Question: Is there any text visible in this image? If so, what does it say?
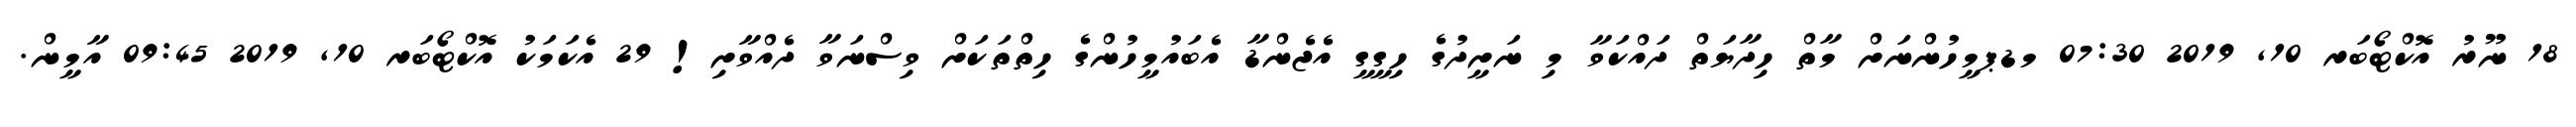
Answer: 18 ނޫރު އޮކްޓޯބަރ 10, 2019 07:30 މޑޕމީހުންނަށް މާތް ހިދާޔަތް ދައްކަވާ މި ނަށީދުގެ ހިގީގީ އެޖެންޑާ އެބައުމީހުންގެ ހިތްތަކަށް ވިސްނަވާ ދެއްވާށި! 29 އެކަމަކު އޮކްޓޯބަރ 10, 2019 09:45 އާމީން.